Indian journal of veterinary science and animal husbandry - Volume 7,
Year: 1937
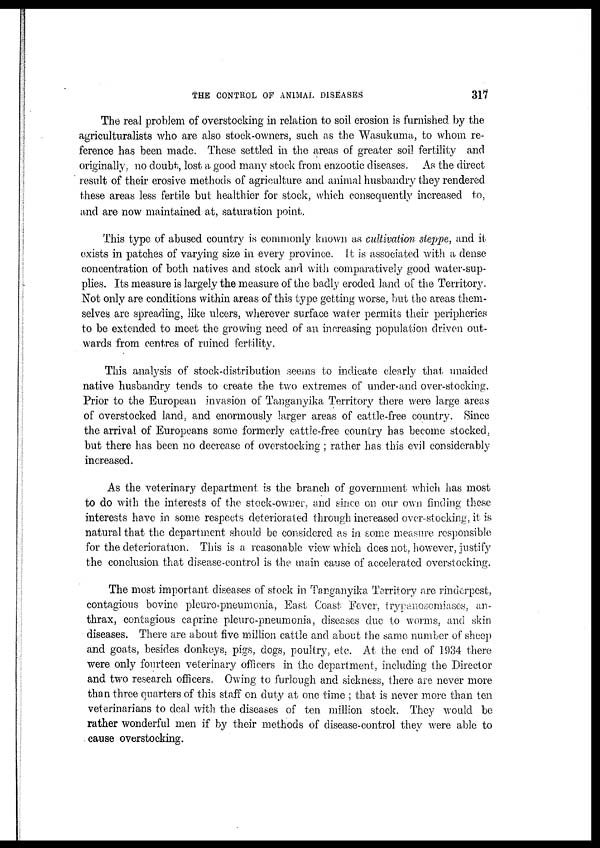
THE CONTROL OF ANIMAL DISEASES
317
The real problem of overstocking in relation to soil erosion is furnished by the
agriculturalists who are also stock-owners, such as the Wasukuma, to whom re-
ference has been made. These settled in the areas of greater soil fertility and
originally, no doubt, lost a good many stock from enzootic diseases. As the direct
result of their erosive methods of agriculture and animal husbandry they rendered
these areas less fertile but healthier for stock, which consequently increased to,
and are now maintained at, saturation point.
This type of abused country is commonly known as cultivation steppe, and it
exists in patches of varying size in every province. It is associated with a dense
concentration of both natives and stock and with comparatively good water-sup-
plies. Its measure is largely the measure of the badly eroded land of the Territory.
Not only are conditions within areas of this type getting worse, but the areas them-
selves are spreading, like ulcers, wherever surface water permits their peripheries
to be extended to meet the growing need of an increasing population driven out-
wards from centres of ruined fertility.
This analysis of stock-distribution seems to indicate clearly that unaided
native husbandry tends to create the two extremes of under-and over-stocking.
Prior to the European invasion of Tanganyika Territory there were large areas
of overstocked land, and enormously larger areas of cattle-free country. Since
the arrival of Europeans some formerly cattle-free country has become stocked,
but there has been no decrease of overstocking ; rather has this evil considerably
increased.
As the veterinary department is the branch of government which has most
to do with the interests of the stock-owner, and since on our own finding these
interests have in some respects deteriorated through increased over-stocking, it is
natural that the department should be considered as in some measure responsible
for the deterioration. This is a reasonable view which does not, however, justify
the conclusion that disease-control is the main cause of accelerated overstocking.
The most important diseases of stock in Tanganyika Territory are rinderpest,
contagious bovine pleuro-pneumonia, East Coast Fever, trypanosomiases, an-
thrax, contagious caprine pleuro-pneumonia, diseases due to worms, and skin
diseases. There are about five million cattle and about the same number of sheep
and goats, besides donkeys, pigs, dogs, poultry, etc. At the end of 1934 there
were only fourteen veterinary officers in the department, including the Director
and two research officers. Owing to furlough and sickness, there are never more
than three quarters of this staff on duty at one time ; that is never more than ten
veterinarians to deal with the diseases of ten million stock. They would be
rather wonderful men if by their methods of disease-control they were able to
cause overstocking.